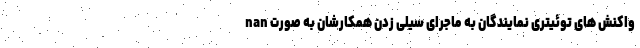
nan واکنش های توئیتری نمایندگان به ماجرای سیلی زدن همکارشان به صورت